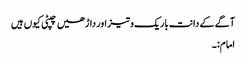
آگے کے دانت باریک و تیز اور داڑھیں چپٹی کیوں ہیں
امام:۔